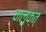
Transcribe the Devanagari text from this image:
चालुक्त्